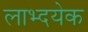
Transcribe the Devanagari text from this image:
लाभ्दयेक